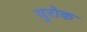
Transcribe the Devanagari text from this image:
युरोक